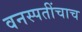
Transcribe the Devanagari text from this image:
वनस्पतींचाच